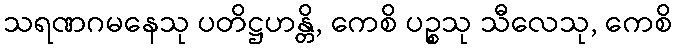
သရဏဂမနေသု ပတိဋ္ဌဟန္တိ, ကေစိ ပဉ္စသု သီလေသု, ကေစိ